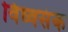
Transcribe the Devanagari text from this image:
विध्वसंक